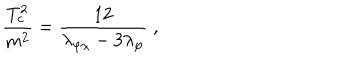
\frac { T _ { c } ^ { 2 } } { m ^ { 2 } } = \frac { 1 2 } { \lambda _ { \varphi \chi } - 3 \lambda _ { \varphi } } \; ,